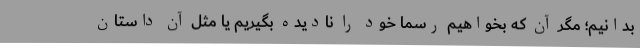
بدانیم؛ مگر آن که بخواهیم رسماً خود را نادیده بگیریم یا مثل آن داستان